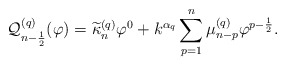
\begin{align*} \mathcal{Q}_{n-\frac{1}{2}}^{(q)}(\varphi) = \widetilde{\kappa}_n^{(q)} \varphi^0 + k^{\alpha_q}\sum\limits_{p=1}^{n} \mu_{n-p}^{(q)} \varphi^{p-\frac{1}{2}}. \end{align*}